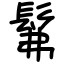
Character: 髴